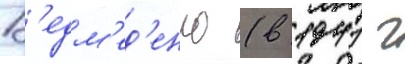
В'едм'ед'енко (в 1941 г